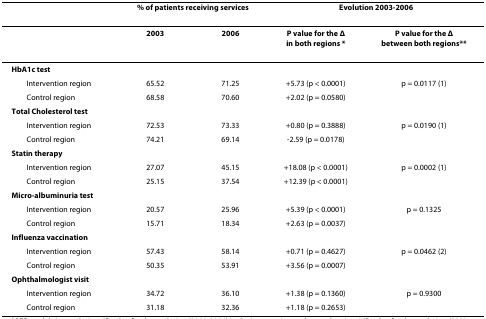
<table><thead><tr><td></td><td colspan="2"><b>% of patients receiving services</b></td><td colspan="2"><b>Evolution 2003-2006</b></td></tr></thead><tbody><tr><td></td><td><b>2003</b></td><td><b>2006</b></td><td><b>P value for the Δ</b><b>in both regions *</b></td><td><b>P value for the Δ</b><b>between both regions**</b></td></tr><tr><td><b>HbA1c test</b></td><td></td><td></td><td></td><td></td></tr><tr><td> Intervention region</td><td>65.52</td><td>71.25</td><td>+5.73 (p &lt; 0.0001)</td><td>p = 0.0117 (1)</td></tr><tr><td> Control region</td><td>68.58</td><td>70.60</td><td>+2.02 (p = 0.0580)</td><td></td></tr><tr><td><b>Total Cholesterol test</b></td><td></td><td></td><td></td><td></td></tr><tr><td> Intervention region</td><td>72.53</td><td>73.33</td><td>+0.80 (p = 0.3888)</td><td>p = 0.0190 (1)</td></tr><tr><td> Control region</td><td>74.21</td><td>69.14</td><td>-2.59 (p = 0.0178)</td><td></td></tr><tr><td><b>Statin therapy</b></td><td></td><td></td><td></td><td></td></tr><tr><td> Intervention region</td><td>27.07</td><td>45.15</td><td>+18.08 (p &lt; 0.0001)</td><td>p = 0.0002 (1)</td></tr><tr><td> Control region</td><td>25.15</td><td>37.54</td><td>+12.39 (p &lt; 0.0001)</td><td></td></tr><tr><td><b>Micro-albuminuria test</b></td><td></td><td></td><td></td><td></td></tr><tr><td> Intervention region</td><td>20.57</td><td>25.96</td><td>+5.39 (p &lt; 0.0001)</td><td>p = 0.1325</td></tr><tr><td> Control region</td><td>15.71</td><td>18.34</td><td>+2.63 (p = 0.0037)</td><td></td></tr><tr><td><b>Influenza vaccination</b></td><td></td><td></td><td></td><td></td></tr><tr><td> Intervention region</td><td>57.43</td><td>58.14</td><td>+0.71 (p = 0.4627)</td><td>p = 0.0462 (2)</td></tr><tr><td> Control region</td><td>50.35</td><td>53.91</td><td>+3.56 (p = 0.0007)</td><td></td></tr><tr><td><b>Ophthalmologist visit</b></td><td></td><td></td><td></td><td></td></tr><tr><td> Intervention region</td><td>34.72</td><td>36.10</td><td>+1.38 (p = 0.1360)</td><td>p = 0.9300</td></tr><tr><td> Control region</td><td>31.18</td><td>32.36</td><td>+1.18 (p = 0.2653)</td><td></td></tr></tbody></table>